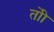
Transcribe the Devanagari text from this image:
तोी